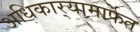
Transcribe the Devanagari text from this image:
अधिकार्‍यामार्फत